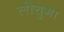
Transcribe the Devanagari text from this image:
लोचुगा